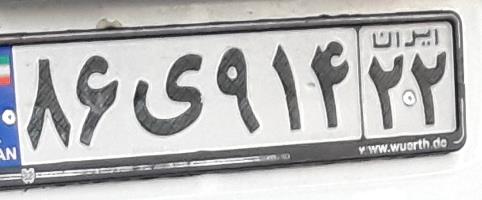
۸۶ی۹۱۴۲۲